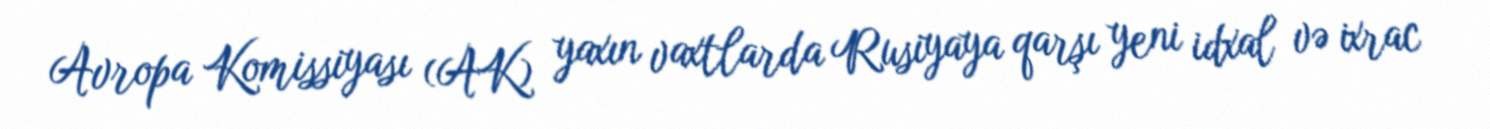
Avropa Komissiyası (AK) yaxın vaxtlarda Rusiyaya qarşı yeni idxal və ixrac